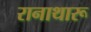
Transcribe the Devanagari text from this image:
रानाथारू